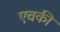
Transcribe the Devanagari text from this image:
एचकी